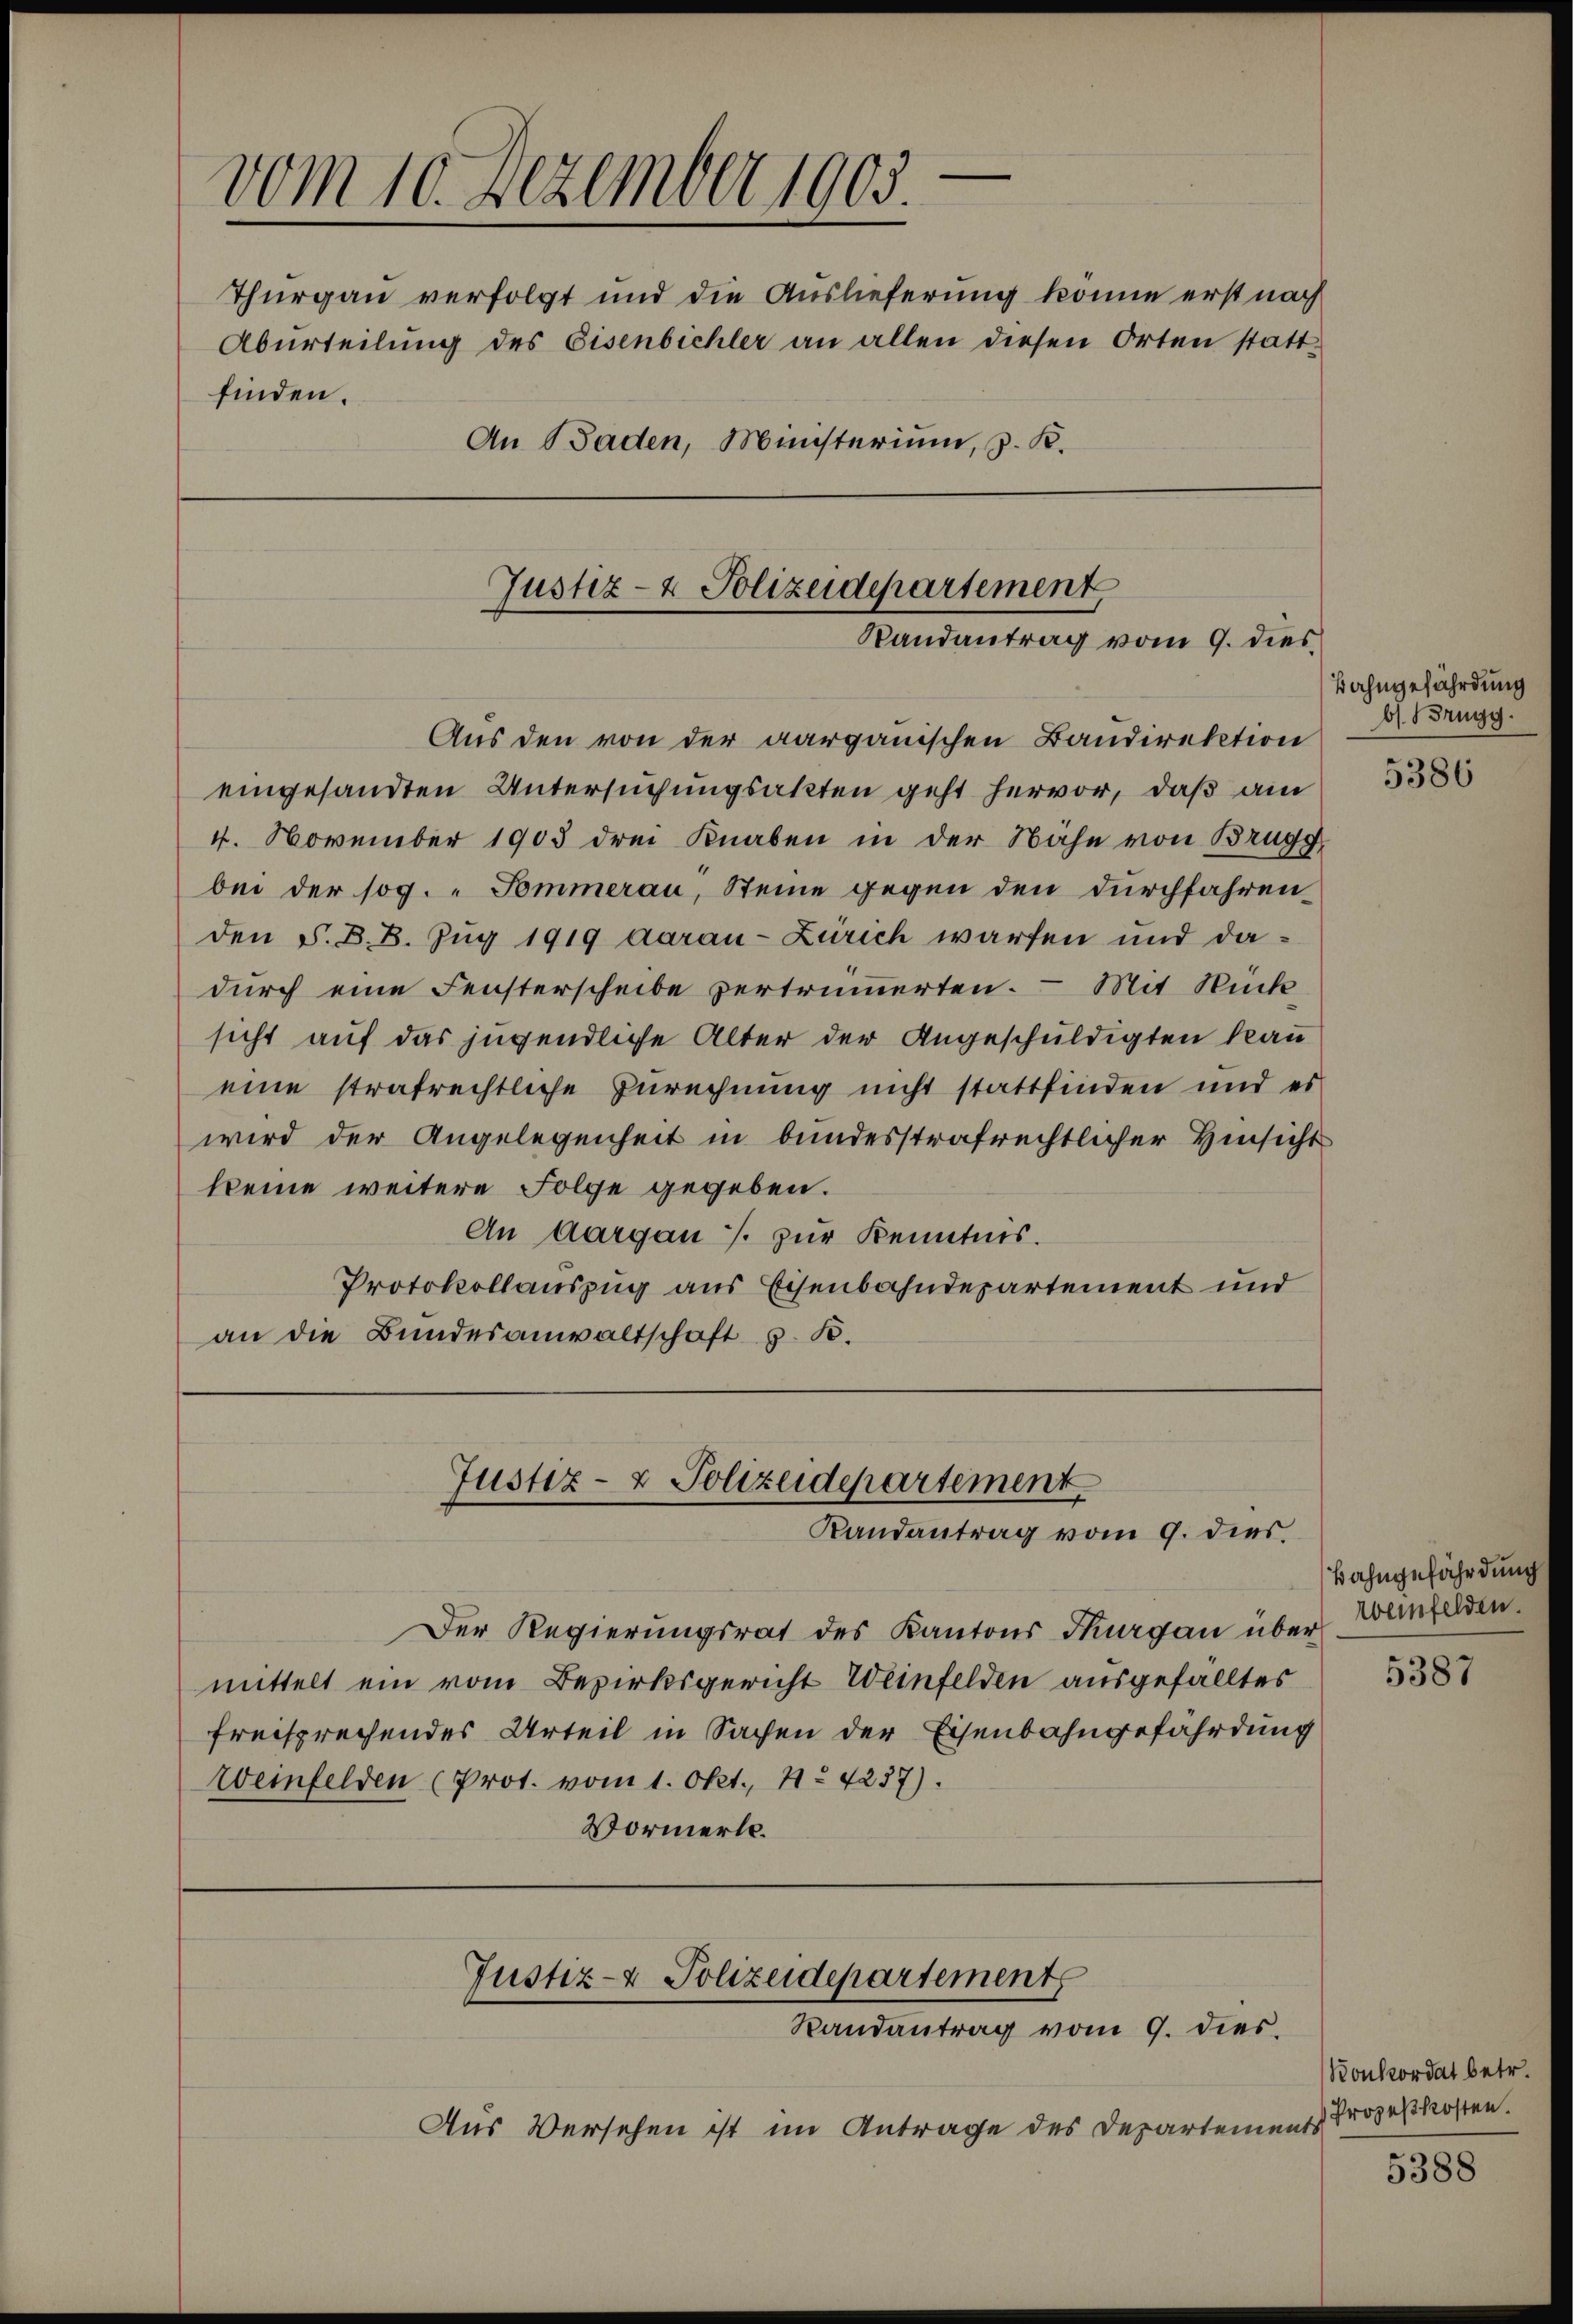
vom 10. Dezember 1903.
Thurgau verfolgt und die Auslieferung könne erst nach
Aburteilung des Eisenbichler an allen diesen Orten stattfinden.
An Baden, Ministerium, z. K.
Justiz- & Polizeidepartement
Randantrag vom 9. dies

Aus den von der aargauischen Bandirektion
eingesandten Untersuchungsakten geht hervor, daß am
4. November 1903 drei Knaben in der Nähe von Brugg
bei der sog. Sommerau, Steine gegen den durchfahrenden S. B. B. Zug 1919 daran-Zürich warfen und dadurch eine Fensterscheibe vertrümmerten. Mit Rück
sicht auf das jugendliche Alter der Angeschuldigten kau
eine strafrechtliche Zurechnung nicht stattfinden und es
wird der Angelegenheit in bundesstrafrechtlicher Hinsicht
keine weitere Folge gegeben.
An Aargau s. zur Kenntnis.
Protokollauszug aus Eisenbahndepartement und
an die Bundesanwaltschaft z. B.

Justiz- & Polizeidepartement
Randantrag vom 9. dies

Justiz- & Polizeidepartement
Randantrag vom 9. dies

Der Regierungsrat des Kantons Thurgau über Weinfelden
mittelt ein vom Bezirksgericht Weinfelden ausgefälltes
freisprechendes Urteil in Sachen der Eisenbahngefährdung
Weinfelden (Prot. vom 1. Okt., 41. 4237).
Vormerk.

Aus Versehen ist im Antrage des Departeie

Bahngefährdung
bl. Brugg.

5386

Bahngefährdung

5387

Konkordat betr.
Prozeßkosten.
nts

5388